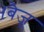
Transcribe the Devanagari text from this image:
।बैजू